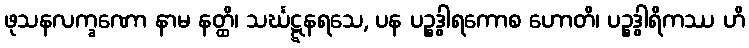
ဖုသနလက္ခဏော နာမ နတ္ထိ၊ သင်္ဃဋ္ဋနရသေ, ပန ပဉ္စဒွါရကောစ ဟောတိ၊ ပဉ္စဒွါရိကဿ ဟိ